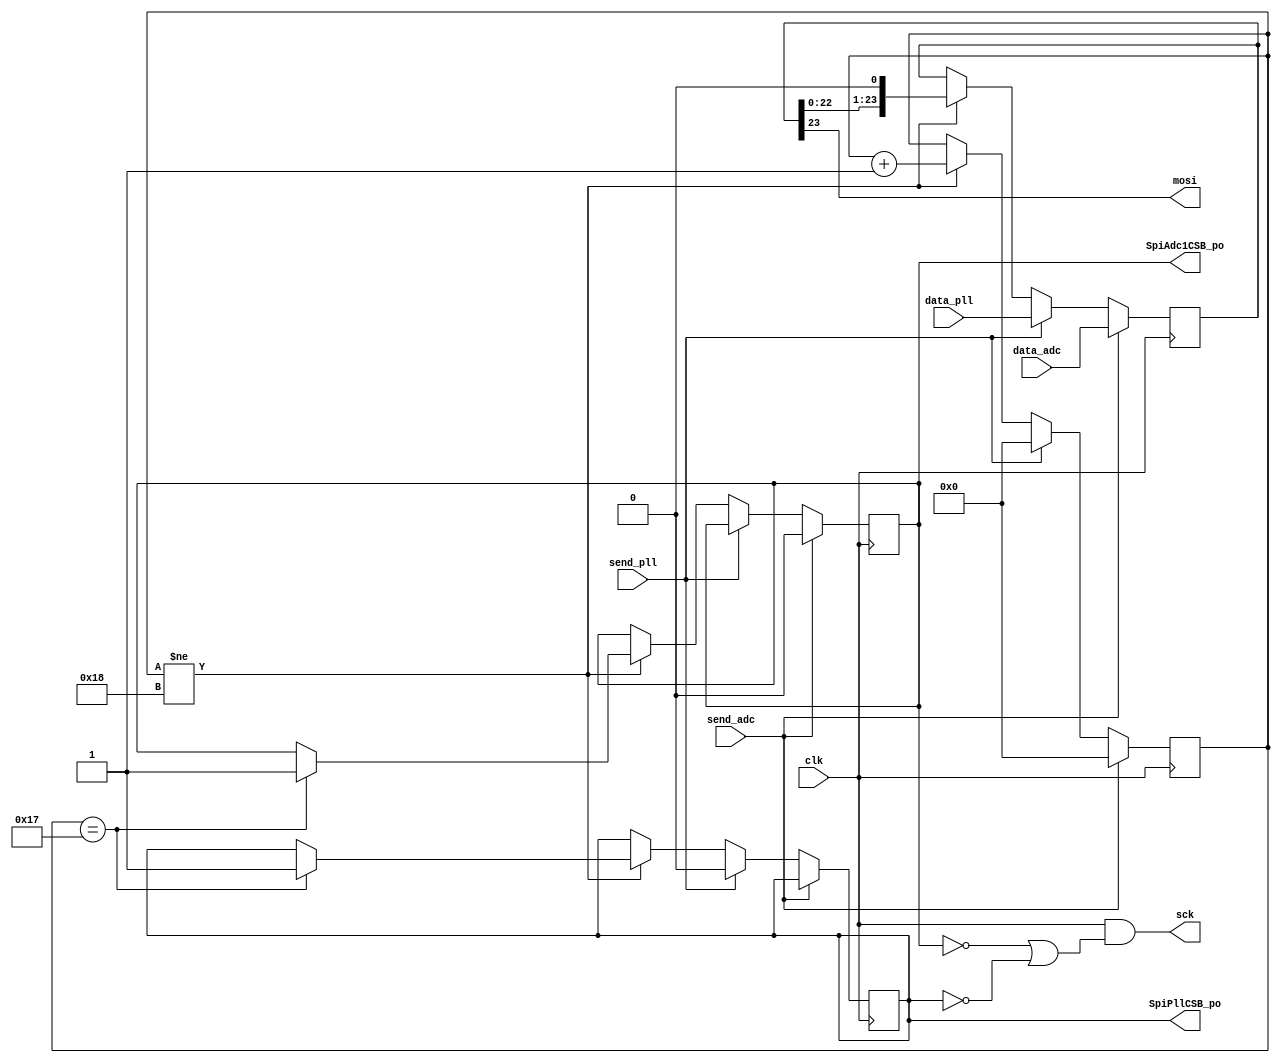
module spi_pll_adc1 (input clk, send_adc, send_pll,
                     input [23:0] data_adc,
                     input [23:0] data_pll,
                     output reg SpiAdc1CSB_po = 1,
                     output reg SpiPllCSB_po = 1,
                     output sck,
                     output mosi);
					 		
    assign sck = clk & (~SpiAdc1CSB_po | ~SpiPllCSB_po);
    assign mosi = data[23];

	reg [23:0] data = 0;
	reg [4:0] dataCnt = 24;	
    reg [10:0] count = 0;	

	//spi adc

	always @(posedge clk) begin
		if (send_adc == 1) begin
            data[23:0] <= data_adc[23:0];
            SpiAdc1CSB_po <= 0;
            dataCnt <= 0;
        end
        else if (send_pll == 1) begin
            data[23:0] <= data_pll[23:0];
            SpiPllCSB_po <= 0;
            dataCnt <= 0;
        end
		else if (dataCnt != 24) begin
			dataCnt <= dataCnt + 1;
            data <= {data[22:0],  1'b0};
                if (dataCnt == 23) begin
                    SpiAdc1CSB_po <= 1;
                    SpiPllCSB_po <= 1;
                end
        end
	end	

    // 	always @(posedge clk) begin
	// 	if (send_adc == 1) begin
	// 		dataCnt_adc <= 0;
    //         data[23:0] <= data_adc[23:0];
    //         SpiAdc1CSB_po <= 0;
    //     end
    //     else if (send_pll == 1) begin
	// 		dataCnt_pll <= 0;
    //         data[23:0] <= data_pll[23:0];
    //         SpiPllCSB_po <= 0;
    //     end
	// 	if (dataCnt_adc != 24) begin
	// 		dataCnt_adc <= dataCnt_adc + 1;
    //             if (dataCnt_adc == 23)
    //                 SpiAdc1CSB_po <= 1;
    //     end
    //     else if (dataCnt_pll != 24) begin
    //         dataCnt_pll <= dataCnt_pll + 1;
    //             if (dataCnt_pll == 23)
    //                 SpiPllCSB_po <= 1;
    //     end
    //     if ((dataCnt_adc != 24) || (dataCnt_pll != 24))
    //         data <= {data[22:0],  1'b0};
	// end	
				
endmodule